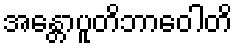
အန္တောပူတိဘာဝေါတိ